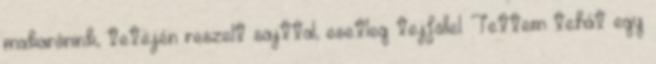
makarónink, tetején reszelt sajttal, esetleg tejföllel. Tettem tehát egy